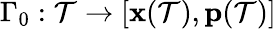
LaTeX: \Gamma_{0}:\mathcal{T}\to[\mathbf{{x}}(\mathcal{T}),\mathbf{{p}}(\mathcal{T})]